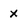
Character: X